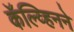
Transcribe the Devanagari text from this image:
कॅल्व्हिनने